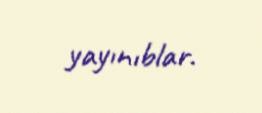
yayınıblar.